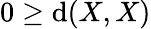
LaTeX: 0\geq\mathrm{d}(X,X)